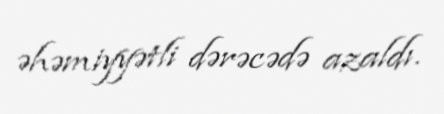
əhəmiyyətli dərəcədə azaldı.